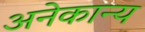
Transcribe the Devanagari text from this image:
अनेकान्य